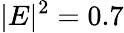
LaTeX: |E|^{2}=0.7